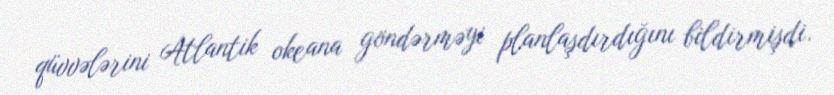
qüvvələrini Atlantik okeana göndərməyi planlaşdırdığını bildirmişdi.